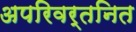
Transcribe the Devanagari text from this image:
अपरिवर्तनित